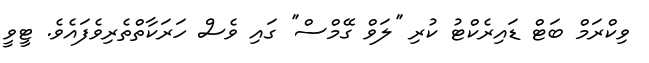
ވިކްރަމް ބަޓް ޑައިރެކްޓު ކުރި ''ލަވް ގޭމްސް'' ގައި ވެސް ހަރަކާތްތެރިވެފައެވެ. ޓީވީ